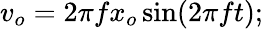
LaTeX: v_{o}=2\pi fx_{o}\sin(2\pi ft);